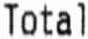
TOTAL